Scottish Leaving Certificate Examination, 1956
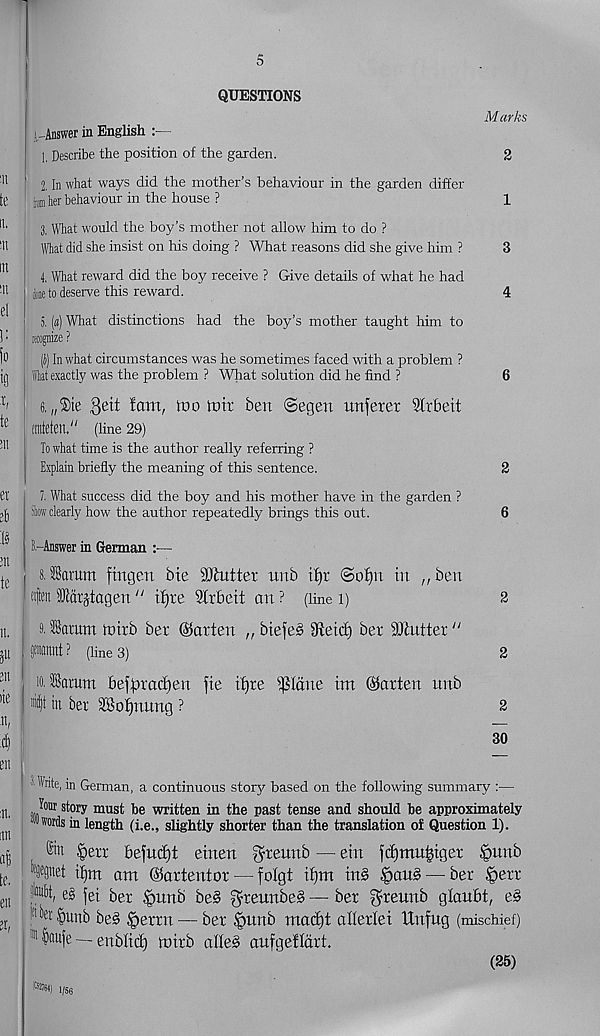
5
QUESTIONS
j-Answer in English
1, Describe the position of the garden.
M arks
2
2. In what ways did the mother’s behaviour in the garden differ
turn her behaviour in the house ?
"
1
3. What would the boy’s mother not allow him to do ?
What did she insist on his doing ? What reasons did she give him ?
3
4. What reward did the boy receive ? Give details of what he had
(lone to deserve this reward.
4
5. (a) What distinctions had the boy’s mother taught him to
recognize?
(J) In what circumstances was he sometimes faced with a problem ?
lat exactly was the problem ? What solution did he find ?
6
6. „®te
fatn, too toir ben ©egen nnferer Strbeit
ffflteten." (line 29)
To what time is the author really referring ?
Explain briefly the meaning of this sentence.
2
l What success did the boy and his mother have in the garden ?
Stav clearly how the author repeatedly brings this out.
6
B.-Answer in German :■—
8. SSarum fingen bte UKuttet unb if)t @o£)tt in „ben
alien HJlatjtagen “ ifjxe SCrbeit an ? (line i)
2
9. SSaram totxb ber (Marten „ btefe§ 9ietcf) ber Gutter “
pannt? (lines)
2
10. iamm bef^radjen fie ifjre Pane im ©arten unb
% in ber S8oi)uung ?
2
30
’ ’ Write, in German, a continuous story based on the following summary :—
Jour story must be written in the past tense and should be approximately
in length (i.e., slightly shorter than the translation of Question 1).
£>ert befudjt etnen ^reunb — ein fdjmu^iger §nnb
%gnet ifjm am ©a r tent or — foigt ti)m in§ |>an§ — ber §err
fcM, e§ fei ber §unb be§ greunbeS — ber ^reunb gtaubt, e§
,;l i’J' Sunb be§ |>errn — ber ^)unb mad)t allerlei Unfug (mischief)
11 fiaufe — enblid) toirb ades aufgefldrt.
!Ci»6tl , /S6
(25)